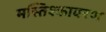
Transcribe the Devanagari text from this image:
मस्तिश्कावरण